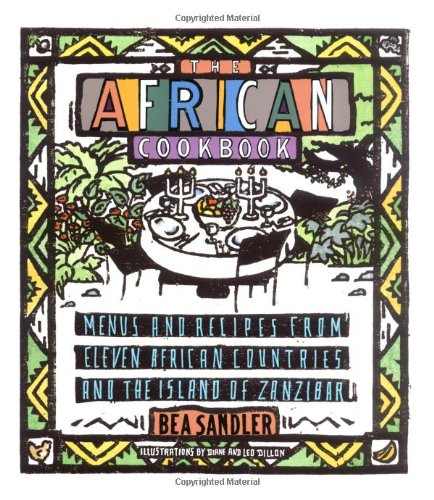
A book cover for The African Cookbook; Bea Sandler; Cookbooks, Food & Wine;